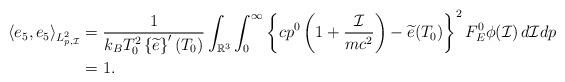
LaTeX: \begin{align*} \langle e_5,e_5\rangle_{L^2_{p,\mathcal{I}}}&= \frac{1}{k_BT_0^2\left\{\widetilde{e}\right\}^{\prime}(T_{0})}\int_{\mathbb{R}^3}\int_0^\infty\left\{cp^0\left(1+\frac{\mathcal{I}}{mc^2}\right)-\widetilde{e}(T_0)\right\}^2 F_E^0\phi(\mathcal{I})\,d\mathcal{I}dp\cr &=1. \end{align*}